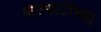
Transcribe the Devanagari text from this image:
अल्माटीच्या